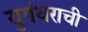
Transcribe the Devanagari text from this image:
युगंधराची